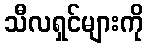
သီလရှင်များကို